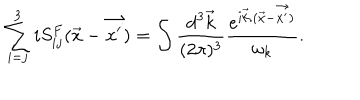
\sum _ { i = j } ^ { 3 } i S _ { i j } ^ { F } ( { \vec { x } } - { \vec { x ^ { \prime } } } ) = \int { \frac { \mathrm { d } ^ { 3 } { \vec { k } } } { ( 2 \pi ) ^ { 3 } } } { { \frac { e ^ { i { \vec { k } } . ( { \vec { x } } - { \vec { x ^ { \prime } } ) } } } { \omega _ { k } } } } .